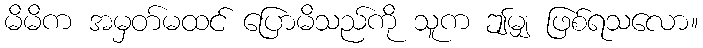
မိမိက အမှတ်မထင် ပြောမိသည်ကို သူက ဤမျှ ဖြစ်ရသလော။